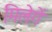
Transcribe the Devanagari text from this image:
मिलेगें